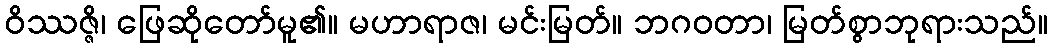
ဝိဿဇ္ဇိ၊ ဖြေဆိုတော်မူ၏။ မဟာရာဇ၊ မင်းမြတ်။ ဘဂဝတာ၊ မြတ်စွာဘုရားသည်။